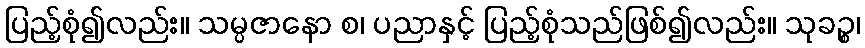
ပြည့်စုံ၍လည်း။ သမ္ပဇာနော စ၊ ပညာနှင့် ပြည့်စုံသည်ဖြစ်၍လည်း။ သုခဉ္စ၊